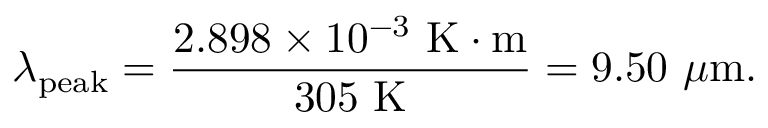
\lambda _ { \mathrm { p e a k } } = { \frac { 2 . 8 9 8 \times 1 0 ^ { - 3 } ~ { \mathrm { K } } \cdot { \mathrm { m } } } { 3 0 5 ~ { \mathrm { K } } } } = 9 . 5 0 ~ \mu { \mathrm { m } } .